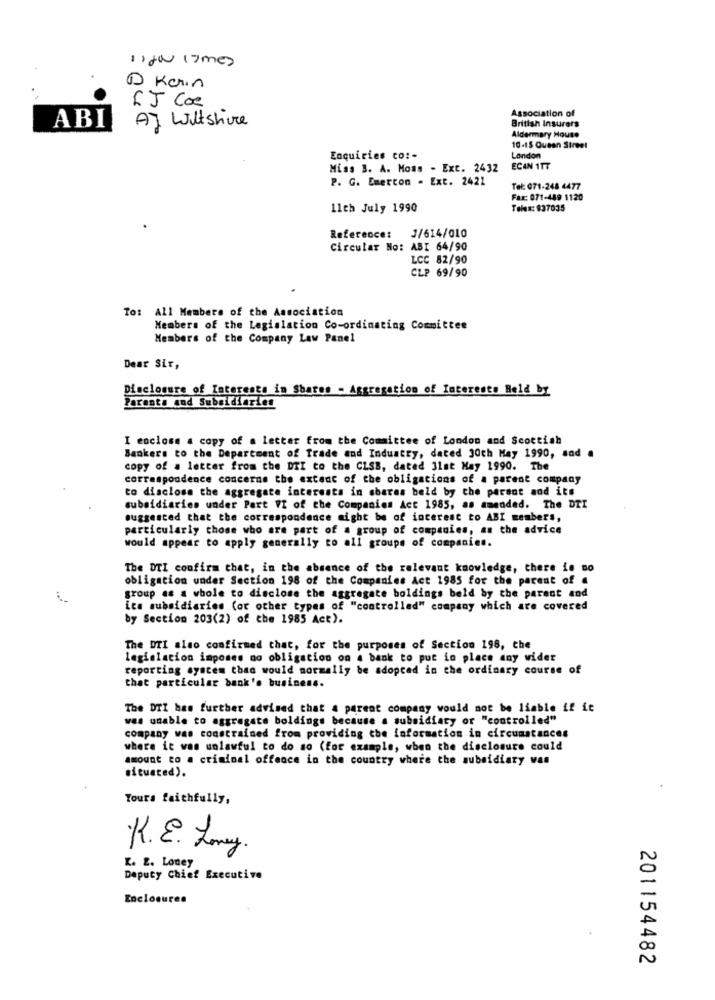
1 ) ja (3 mes
D Karin
IJ Coe
Association of
A] Wiltshire
British Insurers
ABI
Aldermary House
10-15 Queen Street
Enquiries co: -
London
Miss 3. A. Moss - Ext. 2432
ECAN 117
P. G. Emerton . Ext. 2421
Tel: 071-248 4477
Fax: 071-489 1120
11th July 1990
Telex: 937035
Reference: 3/614/010
Circular No: ABI 64/90
LCC 82/90
CLP 69/90
To: All Members of the Association
Members of the Legislation Co-ordinating Committee
Members of the Company Law Panel
Dear Sir,
Disclosure of Interests in Shares - Aggregation of Interests Held BY
Parents cod Subsidiaries
I enclose a copy of a letter from the Committee of London and Scottish
Bankers to the Department of Trade and Industry, dated 30th May 1990, sad .
copy of a letter from the DTI to the CLSB, dated 31st May 1990. The
correspondence concerne the extent of the obligations of a parent company
to disclose the aggregate interests in shares beld by the parent and its
subsidiaries under Part VI of the Companies Act 1985, as amended. The DTI
suggested that the correspondence might be of interest to ABI members,
particularly those who are part of a group of companies, as the advice
would appear to apply generally to all groups of companies.
The UTI confirm that, in the absence of the relevant knowledge, there is no
obligation under Section 198 of the Companies Act 1985 for the parent of a
group as a whole to disclose the aggregate holdings beld by the parent and
its subsidiaries (or other types of "controlled" company which are covered
by Section 203(2) of the 1985 Act).
The DTI also confirmed that, for the purposes of Section 198, che
legislacion imposes no obligation on a bank to put in place any wider
reporting system than would normally be adopted in the ordinary course of
that particular bank's business.
The DTI has further advised that a parent company would not be liable if it
was unable to aggregate boldings because a subsidiary or "controlled"
company was constrained from providing the information in circumstances
where it was unlawful to do so (for example, when the disclosure could
amount to a criminal offence in the country where the subsidiary was
situated).
Yours faithfully,
.K. E. Lmy
K. E. Loney
Deputy Chief Executive
Enclosures
201154482